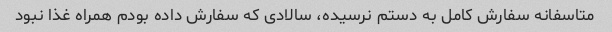
متاسفانه سفارش کامل به دستم نرسیده، سالادی که سفارش داده بودم همراه غذا نبود